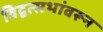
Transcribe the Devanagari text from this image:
विद्वत्सभांवरून